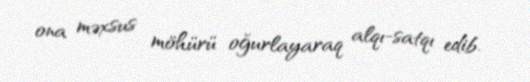
ona məxsus möhürü oğurlayaraq alqı-satqı edib.